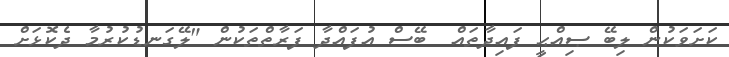
ކަށަވަކުން ލިބޭ ޞިއްޙީ ފައިދާތައް  ބޭސް އުފައްދާ ފަރާތްތަކުން "ލޭގަނޑުކުރުމާ ދެކޮޅަށް